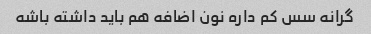
گرانه سس کم داره نون اضافه هم باید داشته باشه